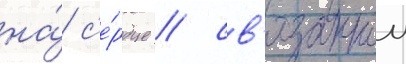
на́ с'е́рдце / св'язаннои